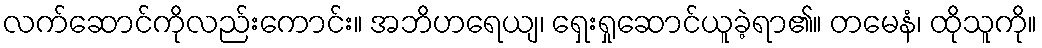
လက်ဆောင်ကိုလည်းကောင်း။ အဘိဟရေယျ၊ ရှေးရှုဆောင်ယူခဲ့ရာ၏။ တမေနံ၊ ထိုသူကို။